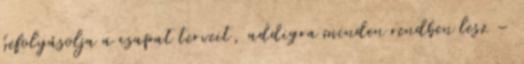
befolyásolja a csapat terveit, addigra minden rendben lesz –